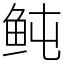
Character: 鲀